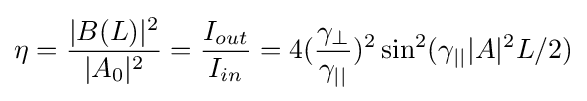
\eta ={\frac {|B(L)|^{2}}{|A_{0}|^{2}}}={\frac {I_{out}}{I_{in}}}=4({\frac {\gamma _{\perp }}{\gamma _{||}}})^{2}\sin ^{2}(\gamma _{||}|A|^{2}L/2)